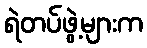
ရဲတပ်ဖွဲ့များက